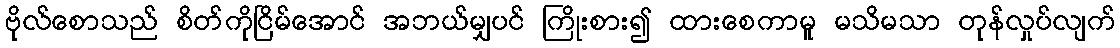
ဗိုလ်စောသည် စိတ်ကိုငြိမ်အောင် အဘယ်မျှပင် ကြိုးစား၍ ထားစေကာမူ မသိမသာ တုန်လှုပ်လျက်